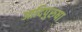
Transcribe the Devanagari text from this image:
आदिपुरुषा